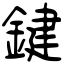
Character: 鍵